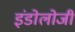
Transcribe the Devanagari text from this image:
इंडोलोजी